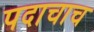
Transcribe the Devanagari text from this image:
पदाचाच